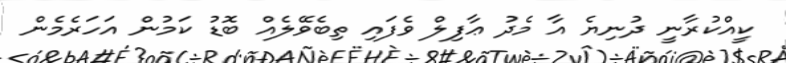
ކީއްކުރާނީ ދުނިޔެ އާ މެދު ޢާފިލް ވެފައި ތިބެވޭލެއް ބޮޑު ކަމުން އަހަރެމެން